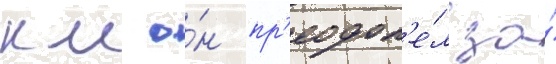
км о́н пр'еодол'е́л за́